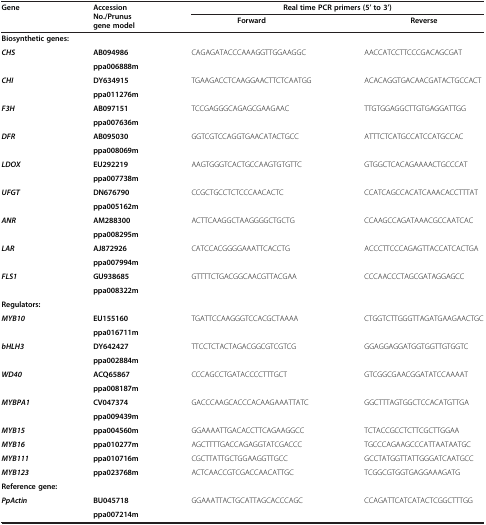
<table><thead><tr><td rowspan="2"><b>Gene</b></td><td rowspan="2"><b>Accession No./Prunus gene model</b></td><td colspan="2"><b>Real time PCR primers (5’ to 3’)</b></td></tr><tr><td><b>Forward</b></td><td><b>Reverse</b></td></tr></thead><tbody><tr><td colspan="4"><b>Biosynthetic genes:</b></td></tr><tr><td rowspan="2"><b><i>CHS</i></b></td><td><b>AB094986</b></td><td rowspan="2">CAGAGATACCCAAAGGTTGGAAGGC</td><td rowspan="2">AACCATCCTTCCCGACAGCGAT</td></tr><tr><td><b>ppa006888m</b></td></tr><tr><td rowspan="2"><b><i>CHI</i></b></td><td><b>DY634915</b></td><td rowspan="2">TGAAGACCTCAAGGAACTTCTCAATGG</td><td rowspan="2">ACACAGGTGACAACGATACTGCCACT</td></tr><tr><td><b>ppa011276m</b></td></tr><tr><td rowspan="2"><b><i>F3H</i></b></td><td><b>AB097151</b></td><td rowspan="2">TCCGAGGGCAGAGCGAAGAAC</td><td rowspan="2">TTGTGGAGGCTTGTGAGGATTGG</td></tr><tr><td><b>ppa007636m</b></td></tr><tr><td rowspan="2"><b><i>DFR</i></b></td><td><b>AB095030</b></td><td rowspan="2">GGTCGTCCAGGTGAACATACTGCC</td><td rowspan="2">ATTTCTCATGCCATCCATGCCAC</td></tr><tr><td><b>ppa008069m</b></td></tr><tr><td rowspan="2"><b><i>LDOX</i></b></td><td><b>EU292219</b></td><td rowspan="2">AAGTGGGTCACTGCCAAGTGTGTTC</td><td rowspan="2">GTGGCTCACAGAAAACTGCCCAT</td></tr><tr><td><b>ppa007738m</b></td></tr><tr><td rowspan="2"><b><i>UFGT</i></b></td><td><b>DN676790</b></td><td rowspan="2">CCGCTGCCTCTCCCAACACTC</td><td rowspan="2">CCATCAGCCACATCAAACACCTTTAT</td></tr><tr><td><b>ppa005162m</b></td></tr><tr><td rowspan="2"><b><i>ANR</i></b></td><td><b>AM288300</b></td><td rowspan="2">ACTTCAAGGCTAAGGGGCTGCTG</td><td rowspan="2">CCAAGCCAGATAAACGCCAATCAC</td></tr><tr><td><b>ppa008295m</b></td></tr><tr><td rowspan="2"><b><i>LAR</i></b></td><td><b>AJ872926</b></td><td rowspan="2">CATCCACGGGGAAATTCACCTG</td><td rowspan="2">ACCCTTCCCAGAGTTACCATCACTGA</td></tr><tr><td><b>ppa007994m</b></td></tr><tr><td rowspan="2"><b><i>FLS1</i></b></td><td><b>GU938685</b></td><td rowspan="2">GTTTTCTGACGGCAACGTTACGAA</td><td rowspan="2">CCCAACCCTAGCGATAGGAGCC</td></tr><tr><td><b>ppa008322m</b></td></tr><tr><td><b>Regulators:</b></td><td> </td><td> </td><td> </td></tr><tr><td rowspan="2"><b><i>MYB10</i></b></td><td><b>EU155160</b></td><td rowspan="2">TGATTCCAAGGGTCCACGCTAAAA</td><td rowspan="2">CTGGTCTTGGGTTAGATGAAGAACTGC</td></tr><tr><td><b>ppa016711m</b></td></tr><tr><td rowspan="2"><b><i>bHLH3</i></b></td><td><b>DY642427</b></td><td rowspan="2">TTCCTCTACTAGACGGCGTCGTCG</td><td rowspan="2">GGAGGAGGATGGTGGTTGTGGTC</td></tr><tr><td><b>ppa002884m</b></td></tr><tr><td rowspan="2"><b><i>WD40</i></b></td><td><b>ACQ65867</b></td><td rowspan="2">CCCAGCCTGATACCCCTTTGCT</td><td rowspan="2">GTCGGCGAACGGATATCCAAAAT</td></tr><tr><td><b>ppa008187m</b></td></tr><tr><td rowspan="2"><b><i>MYBPA1</i></b></td><td><b>CV047374</b></td><td rowspan="2">GACCCAAGCACCCACAAGAAATTATC</td><td rowspan="2">GGCTTTAGTGGCTCCACATGTTGA</td></tr><tr><td><b>ppa009439m</b></td></tr><tr><td><b><i>MYB15</i></b></td><td><b>ppa004560m</b></td><td>GGAAAATTGACACCTTCAGAAGGCC</td><td>TCTACCGCCTCTTCGCTTGGAA</td></tr><tr><td><b><i>MYB16</i></b></td><td><b>ppa010277m</b></td><td>AGCTTTTGACCAGAGGTATCGACCC</td><td>TGCCCAGAAGCCCATTAATAATGC</td></tr><tr><td><b><i>MYB111</i></b></td><td><b>ppa010716m</b></td><td>CGCTTATTGCTGGAAGGTTGCC</td><td>GCCTATGGTTATTGGGATCAATGCC</td></tr><tr><td><b><i>MYB123</i></b></td><td><b>ppa023768m</b></td><td>ACTCAACCGTCGACCAACATTGC</td><td>TCGGCGTGGTGAGGAAAGATG</td></tr><tr><td colspan="4"><b>Reference gene:</b></td></tr><tr><td rowspan="2"><b><i>PpActin</i></b></td><td><b>BU045718</b></td><td rowspan="2">GGAAATTACTGCATTAGCACCCAGC</td><td rowspan="2">CCAGATTCATCATACTCGGCTTTGG</td></tr><tr><td><b>ppa007214m</b></td></tr></tbody></table>